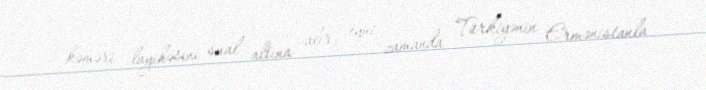
kəməri layihəsini sual altına alır, eyni zamanda Türkiyənin Ermənistanla